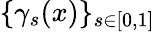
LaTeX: \{ \gamma_{s}(x)\} _{s\in[0,1]}